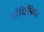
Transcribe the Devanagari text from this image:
संधिविवर